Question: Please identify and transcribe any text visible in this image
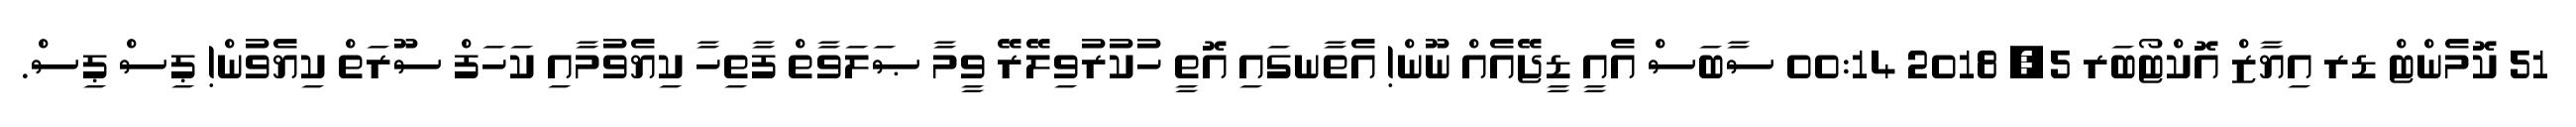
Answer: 51 ކޮމެންޓް ޑރ އިޔާޒް އޮކްޓޯބަރ 5, 2018 00:14 ސާބަސް އެއީ ޑީޖޭއެއް ނޫން! އެތާނގައި އޮތީ ހުކުރުވިލޭރޭ ވީމާ ޞަލަވާތް ފާތިހާ ކިޔެވުމާއި ކަހަފް ސޫރަތް ކިޔެވުން! ޕިސް ޕިސް.